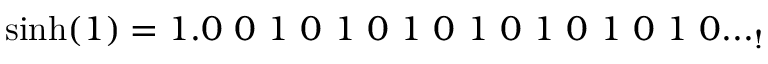
\sinh ( 1 ) = 1 . 0 \ 0 \ 1 \ 0 \ 1 \ 0 \ 1 \ 0 \ 1 \ 0 \ 1 \ 0 \ 1 \ 0 \ 1 \ 0 . . . _ { ! }